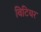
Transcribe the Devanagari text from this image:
विटियर